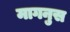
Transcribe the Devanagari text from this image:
मागनुस